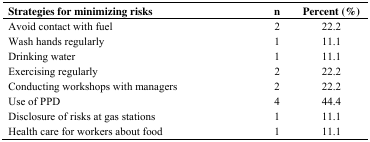
| Strategies for minimizing risks | n | Percent (%) |
 | --- | --- | --- |
 | Avoid contact with fuel | 2 | 22.2 |
 | Wash hands regularly | 1 | 11.1 |
 | Drinking water | 1 | 11.1 |
 | Exercising regularly | 2 | 22.2 |
 | Conducting workshops with managers | 2 | 22.2 |
 | Use of PPD | 4 | 44.4 |
 | Disclosure of risks at gas stations | 1 | 11.1 |
 | Health care for workers about food | 1 | 11.1 |